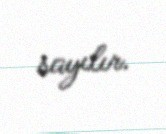
sayılır.